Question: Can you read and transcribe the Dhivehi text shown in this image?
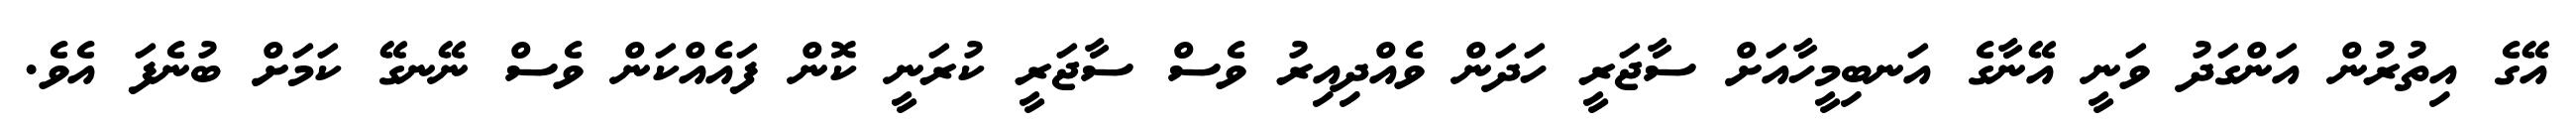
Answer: އޭގެ އިތުރުން އަންގަދު ވަނީ އޭނާގެ އަނބިމީހާއަށް ސާޖަރީ ހަދަން ވެއްދިއިރު ވެސް ސާޖަރީ ކުރަނީ ކޮން ފައެއްކަން ވެސް ނޭނގޭ ކަމަށް ބުނެފަ އެވެ.